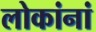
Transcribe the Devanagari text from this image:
लोकांनां